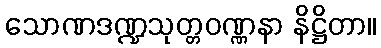
သောဏဒဏ္ဍသုတ္တဝဏ္ဏနာ နိဋ္ဌိတာ။